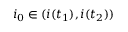
i _ { 0 } \in ( i ( t _ { 1 } ) , i ( t _ { 2 } ) )